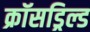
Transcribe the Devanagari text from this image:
क्रॉसड्रिल्ड